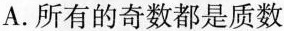
A.所有的奇数都是质数